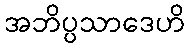
အဘိပ္ပသာဒေဟိ